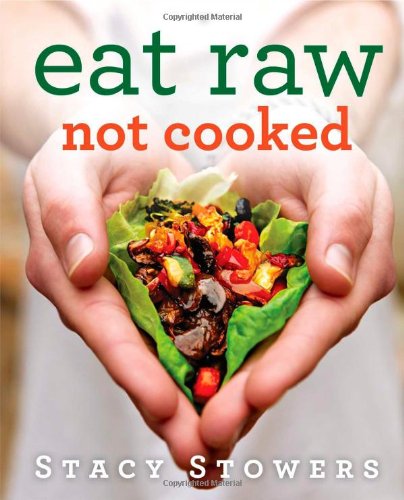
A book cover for Eat Raw, Not Cooked; Stacy Stowers; Cookbooks, Food & Wine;